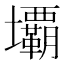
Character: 𭐏